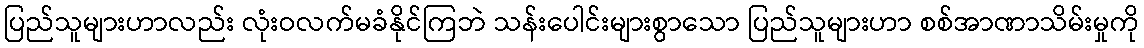
ပြည်သူများဟာလည်း လုံးဝလက်မခံနိုင်ကြဘဲ သန်းပေါင်းများစွာသော ပြည်သူများဟာ စစ်အာဏာသိမ်းမှုကို